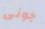
جونى